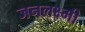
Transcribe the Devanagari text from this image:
जनलक्ष्मी